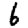
Digit: 6